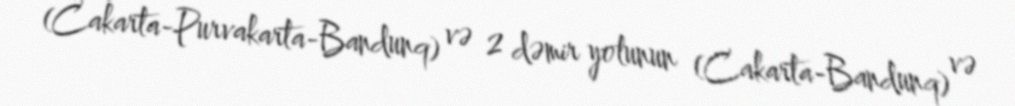
(Cakarta-Purvakarta-Bandunq) və 2 dəmir yolunun (Cakarta-Bandunq) və